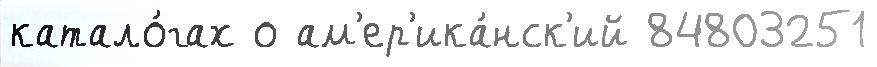
катало́гах о ам'ер'ика́нск'ий 84803251